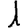
Digit: 1